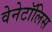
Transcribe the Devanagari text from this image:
वेनेटॉलिस